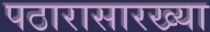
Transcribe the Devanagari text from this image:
पठारासारख्या